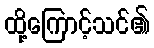
ထို့ကြောင့်သင်၏